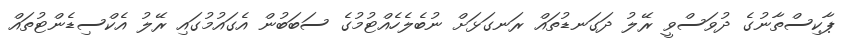
ޕާކިސްތާނުގެ ދުވަސްވީ ރޭލު ދަގަނޑުތައް ރަނގަޅަށް ނުބެލެހެއްޓުމުގެ ސަބަބުން އެގައުމުގައި ރޭލު އެކްސިޑެންޓުތައް